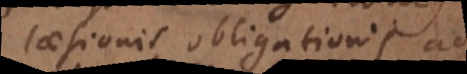
laesionis obligationis ad